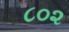
૮૦૨